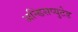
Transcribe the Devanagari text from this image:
अन्डिसप्युटेड